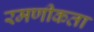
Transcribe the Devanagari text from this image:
रमणीकता